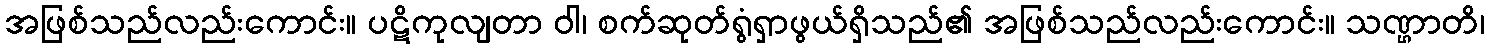
အဖြစ်သည်လည်းကောင်း။ ပဋိကုလျတာ ဝါ၊ စက်ဆုတ်ရွံရှာဖွယ်ရှိသည်၏ အဖြစ်သည်လည်းကောင်း။ သဏ္ဌာတိ၊